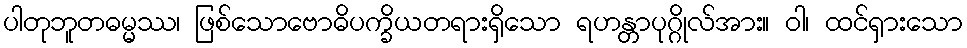
ပါတုဘူတဓမ္မဿ၊ ဖြစ်သောဗောဓိပက္ခိယတရားရှိသော ရဟန္တာပုဂ္ဂိုလ်အား။ ဝါ၊ ထင်ရှားသော